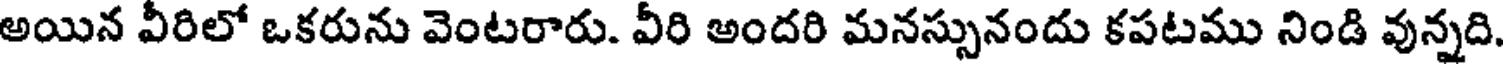
అయిన వీరిలో ఒకరును వెంటరారు. వీరి అందరి మనస్సునందు కపటము నిండి వున్నది.